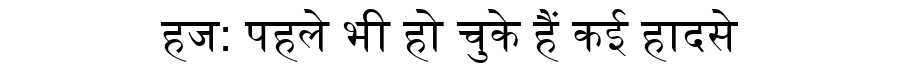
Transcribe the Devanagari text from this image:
हज: पहले भी हो चुके हैं कई हादसे